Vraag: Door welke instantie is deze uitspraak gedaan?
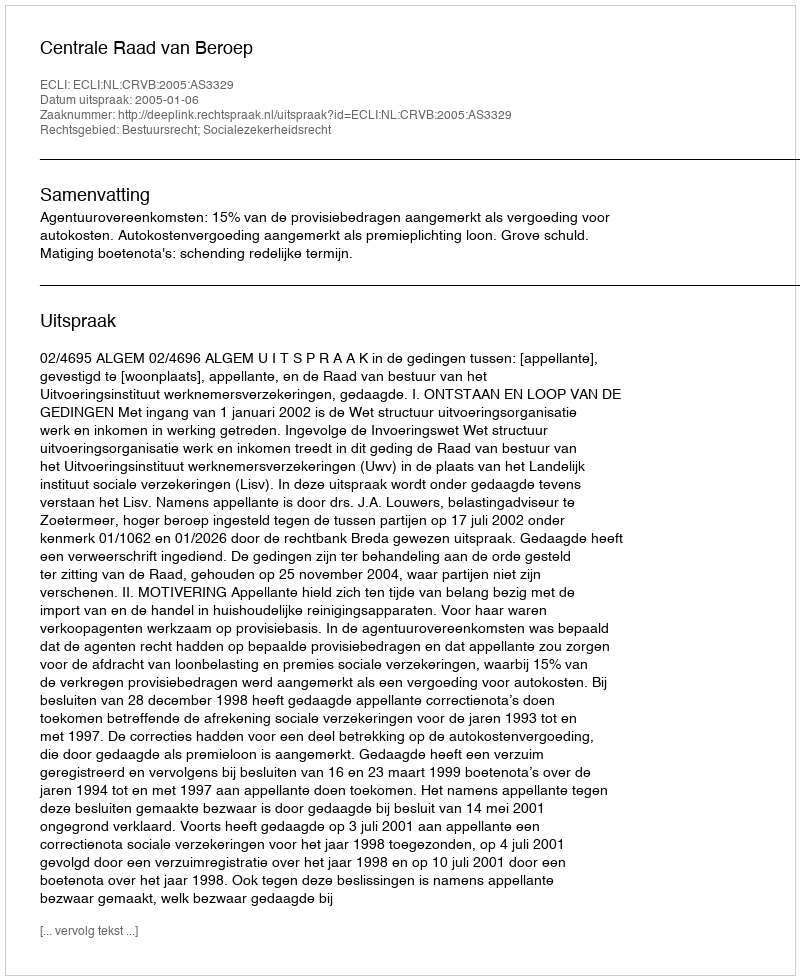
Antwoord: Centrale Raad van Beroep